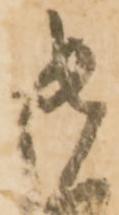
御